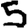
Digit: 5